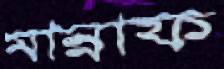
মান্নাফ